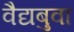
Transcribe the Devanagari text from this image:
वैद्यबुवा